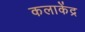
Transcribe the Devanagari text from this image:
कलाकेंद्र